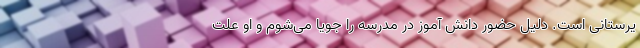
یرستانی است. دلیل حضور دانش آموز در مدرسه را جویا می‌شوم و او علت